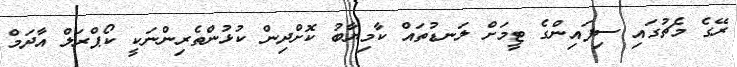
ރޭގެ މެޗުގައި ސިފައިންގެ ޓީމަށް ލަނޑުތައް ކާމިޔާބު ކޮށްދިން ކުޅުންތެރިންނަކީ ކޯޕްރަލް އާދަމް